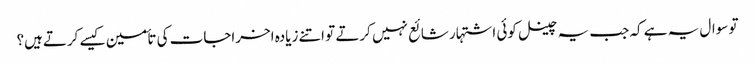
تو سوال یہ ہے کہ جب یہ چینل کوئی اشتہار شائع نہیں کرتے تو اتنے زیادہ اخراجات کی تأمین کیسے کرتےہیں؟